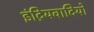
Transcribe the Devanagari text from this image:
इंद्रियवादियों